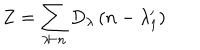
LaTeX: Z = \sum _ { \lambda \vdash n } D _ { \lambda } \left( n - \lambda _ { 1 } ^ { \prime } \right)